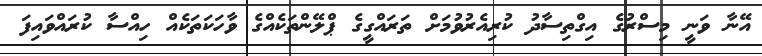
އޭނާ ވަނީ މިސްރުގެ އިގްތިސާދު ކުރިއެރުވުމަށް ތަރައްގީގެ ޕްލޭންތަކެއްގެ ވާހަކަތަކެއް ހިއްސާ ކުރައްވައިފަ